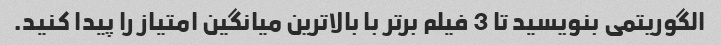
الگوریتمی بنویسید تا 3 فیلم برتر با بالاترین میانگین امتیاز را پیدا کنید.